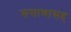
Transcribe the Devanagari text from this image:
ससाणासह